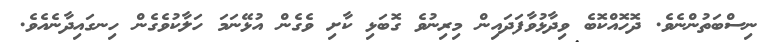
ނިސްބަތުންނެވެ. ދޮހޮއްކޮބެ ވިދާޅުވާފަދައިން މިރިނުވެ ގޮބަޅި ކާށި ވެގެން އުޅޭނަމަ ހަލާކުވެގެން ހިނގައިދާނެއެވެ.